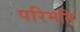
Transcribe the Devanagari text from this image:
परिमति